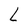
Character: L